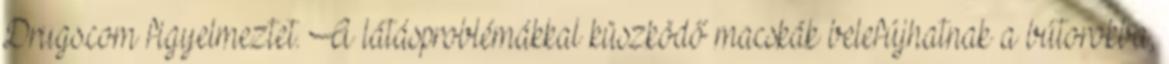
Drugs.com figyelmeztet. A látásproblémákkal küszködő macskák belefújhatnak a bútorokba,